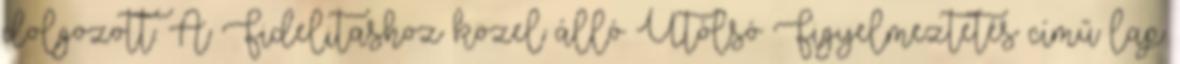
dolgozott. A Fidelitashoz közel álló Utólsó Figyelmeztetés című lap